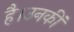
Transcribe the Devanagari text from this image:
है।उनकीं